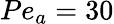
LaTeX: Pe_{a}=30